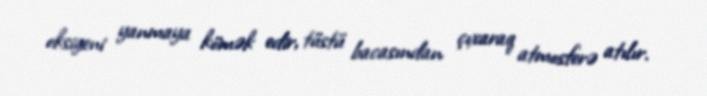
oksigeni yanmaya kömək edir, tüstü bacasından çıxaraq atmosferə atılır.